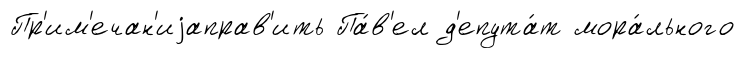
Пр'им'ечан'иjаправ'ить Па́в'ел д'епута́т мора́льного